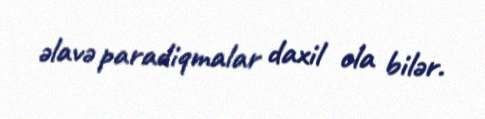
əlavə paradiqmalar daxil ola bilər.